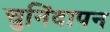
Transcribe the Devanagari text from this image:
चुनिंदापन